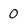
Character: 0